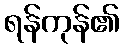
ရန်ကုန်၏